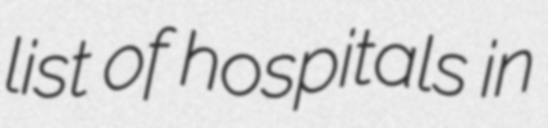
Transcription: list of hospitals in